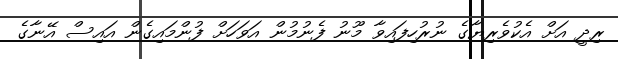
ރިދީ އަށް އެކުވެރިޔާގެ ނުރުހިފައިވާ މޫނު ފެނުމުން އަވަހަށް ފުންމައިގެން އައިސް އޭނާގެ